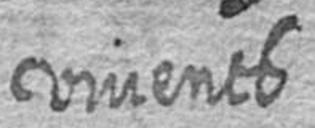
vivents